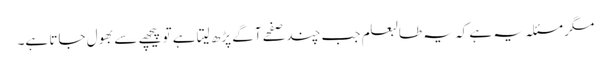
مگر مسئلہ یہ ہے کہ یہ طالبعلم جب چند صفحے آگے پڑھ لیتا ہے تو پیچھے سے بھول جاتا ہے۔